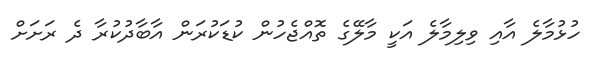
ހުޅުމާލެ އާއި ވިލިމާލެ އަކީ މާލޭގެ ތޮއްޖެހުން ކުޑަކުރަން އާބާދުކުރާ ދެ ރަށަށް